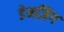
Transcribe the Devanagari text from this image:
डेनज़िग